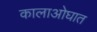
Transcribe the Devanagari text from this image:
कालाओघात